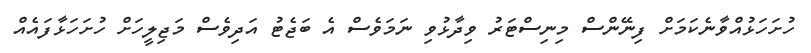
ހުށަހަޅުއްވާނެކަމަށް ފިނޭންސް މިނިސްޓަރު ވިދާޅުވި ނަމަވެސް އެ ބަޖެޓު އަދިވެސް މަޖިލީހަށް ހުށަހަޅާފައެއް